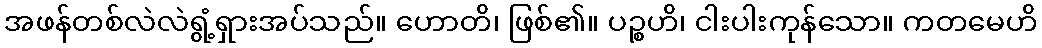
အဖန်တစ်လဲလဲရွံ့ရှားအပ်သည်။ ဟောတိ၊ ဖြစ်၏။ ပဉ္စဟိ၊ ငါးပါးကုန်သော။ ကတမေဟိ